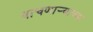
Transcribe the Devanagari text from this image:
वाचणाऱ्याच्या